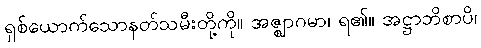
ရှစ်ယောက်သောနတ်သမီးတို့ကို။ အဇ္ဈာဂမာ၊ ရ၏။ အဋ္ဌာဘိစာပိ၊